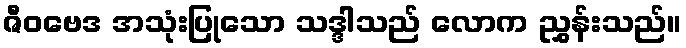
ဇီဝဗေဒ အသုံးပြုသော သဒ္ဒါသည် လောက ညွှန်းသည်။